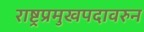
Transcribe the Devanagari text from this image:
राष्ट्रप्रमुखपदावरुन